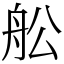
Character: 舩